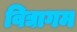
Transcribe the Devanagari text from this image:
विद्यागम